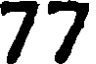
77